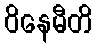
ဝိနေမီတိ